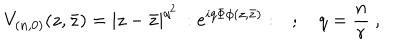
LaTeX: V _ { ( n , 0 ) } ( z , \bar { z } ) = | z - \bar { z } | ^ { q ^ { 2 } } \, : e ^ { i q \Phi \phi ( z , \bar { z } ) } : \quad ; \quad q = \frac { n } { r } \ ,